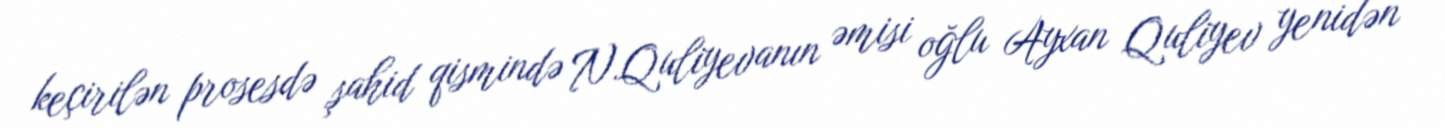
keçirilən prosesdə şahid qismində N.Quliyevanın əmisi oğlu Ayxan Quliyev yenidən